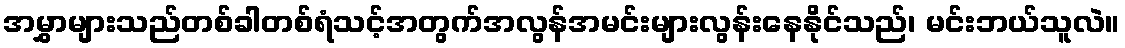
အမွှာများသည်တစ်ခါတစ်ရံသင့်အတွက်အလွန်အမင်းများလွန်းနေနိုင်သည်၊ မင်းဘယ်သူလဲ။